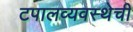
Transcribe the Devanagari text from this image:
टपालव्यवस्थेची